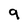
Character: 9